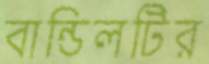
বান্ডিলটির